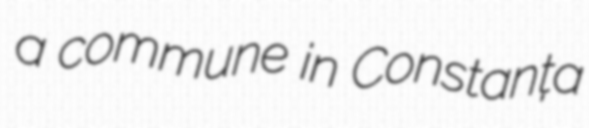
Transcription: a commune in Constanța